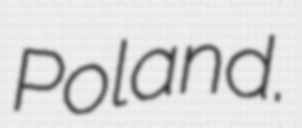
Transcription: Poland.